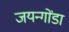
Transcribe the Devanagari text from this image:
जयन्गोंडा